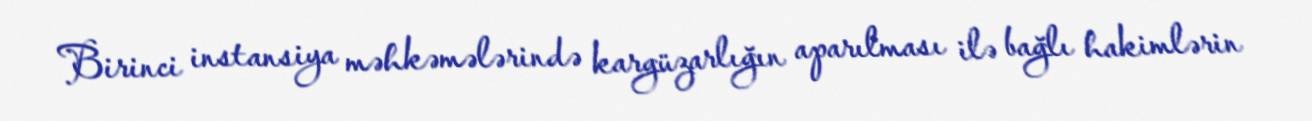
Birinci instansiya məhkəmələrində kargüzarlığın aparılması ilə bağlı hakimlərin